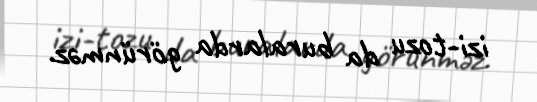
izi-tozu da buralarda görünməz.